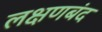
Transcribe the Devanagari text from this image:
लक्षणबंद